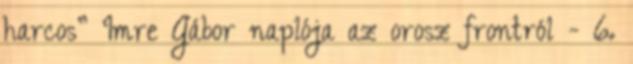
harcos” Imre Gábor naplója az orosz frontról - 6.